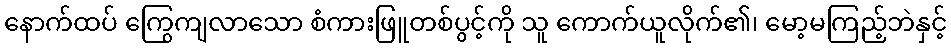
နောက်ထပ် ကြွေကျလာသော စံကားဖြူတစ်ပွင့်ကို သူ ကောက်ယူလိုက်၏၊ မော့မကြည့်ဘဲနှင့်